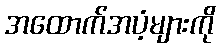
အထောက်အပံ့များကို